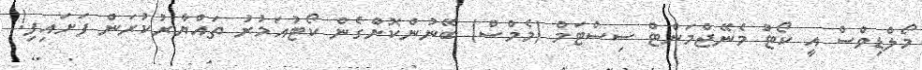
މޯލްޑިވްސް އީ ކޯޓު މެނޭޖްމަންޓް ސިސްޓަމް (މެމްސް) ބޭނުންކޮށްގެން ކޯޓުއަމުރު ތައްޔާރުކުރަން ފަށައިފި!